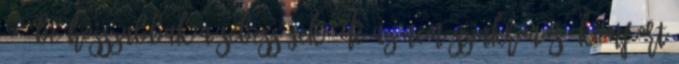
892-be hosszabbak a sebességek, de az nem szinkronos. Komfort